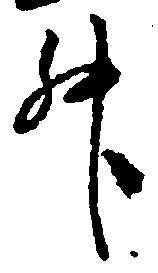
升